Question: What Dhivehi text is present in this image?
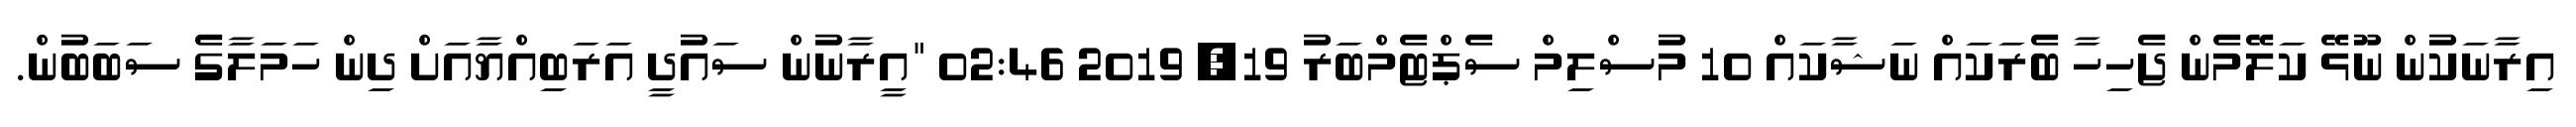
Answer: އިރާނަކުން ނޫޅޭ ކަލޭމެން ޖެހިހާ ބެރަކައް ނަޝާކައް 10 މުސްލިމް ސެޕްޓެމްބަރު 19, 2019 02:46 "އީރާނުން ސައުދީ އަރަބިއްޔާއަށް ދިން ހަމަލާގެ ސަބަބުން.